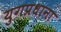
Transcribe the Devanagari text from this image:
युगप्रधाना